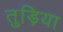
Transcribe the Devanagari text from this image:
तुड़िया